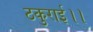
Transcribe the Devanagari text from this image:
ठकुराई।।